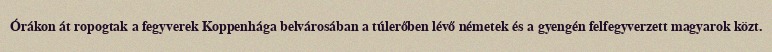
Órákon át ropogtak a fegyverek Koppenhága belvárosában a túlerőben lévő németek és a gyengén felfegyverzett magyarok közt.